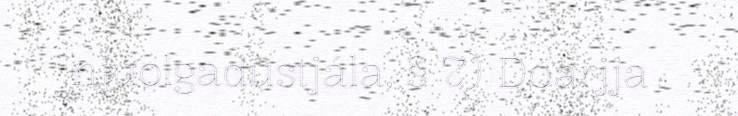
njuolgadustjála, § 7) Doarjja